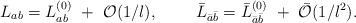
\begin{align*}L_{ab}=L^{(0)}_{ab}~+~{\cal O}(1/l),~~~~~~~\bar L_{\bar a\bar b}=\bar L^{(0)}_{\bar a\bar b}~+~\bar{\cal O}(1/l^2).\end{align*}